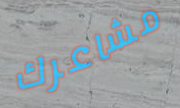
مشاعرك